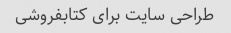
طراحی سایت برای کتابفروشی